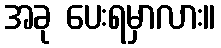
အခု ပေးရမှာလား။